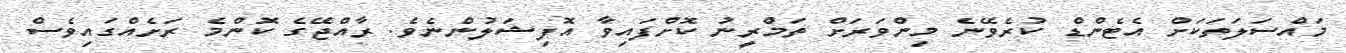
މައްސަލަތަކަށް އެޓެންޑް ކުރެވޭނެ މިންވަރަށް ތަމްރީނު ކޮށްފައިވާ އޮފިޝަލުންނެވެ. ރާއްޖޭގެ ކޮންމެ ރަށެއްގައިވެސް